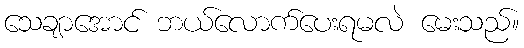
သေချာအောင် ဘယ်လောက်ပေးရမလဲ မေးသည်။